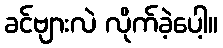
ခင်ဗျားလဲ လိုက်ခဲ့ပေါ့။